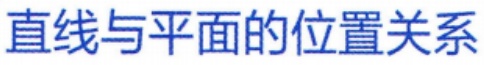
直线与平面的位置关系